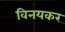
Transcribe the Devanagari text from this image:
विनयकर